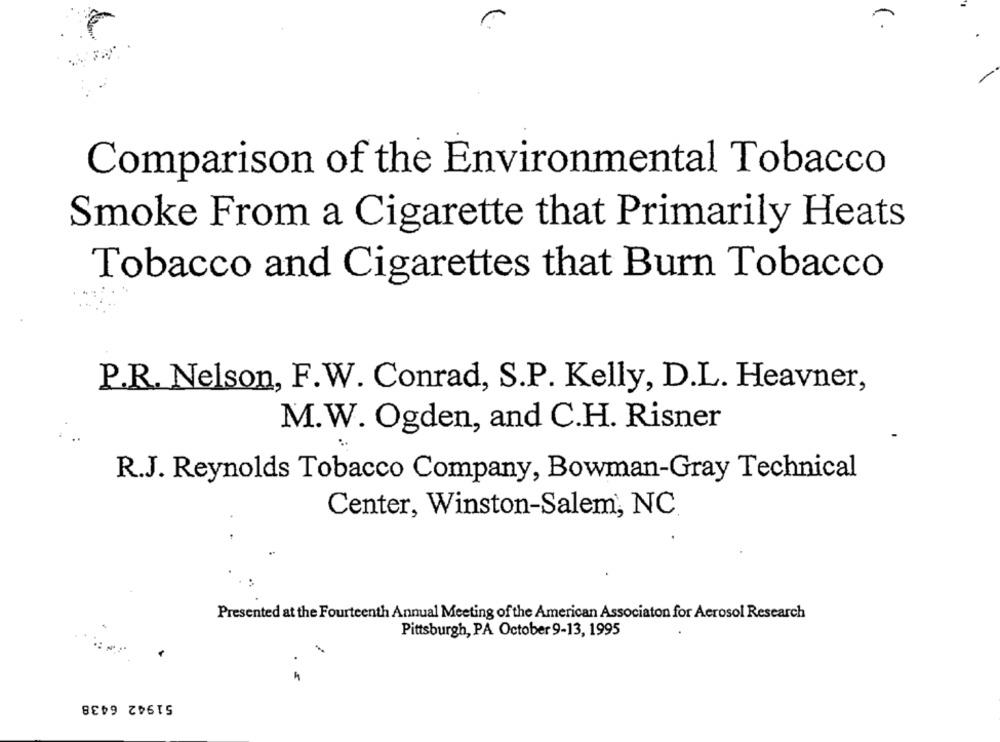
-
Comparison of the Environmental Tobacco
Smoke From a Cigarette that Primarily Heats
Tobacco and Cigarettes that Burn Tobacco
P.R. Nelson, F.W. Conrad, S.P. Kelly, D.L. Heavner,
M.W. Ogden, and C.H. Risner
R.J. Reynolds Tobacco Company, Bowman-Gray Technical
Center, Winston-Salem, NC
Presented at the Fourteenth Annual Meeting of the American Associaton for Aerosol Research
Pittsburgh, PA October 9-13, 1995
51942 6438